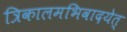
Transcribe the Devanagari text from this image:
त्रिकालमभिवादयेत्